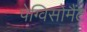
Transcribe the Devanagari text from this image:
पेग्विसोमैंट